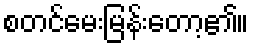
စတင်မေးမြန်းတော့၏။